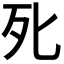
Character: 𭭽